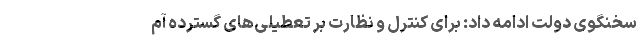
سخنگوی دولت ادامه داد: برای کنترل و نظارت بر تعطیلی‌های گسترده آم